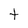
Character: t